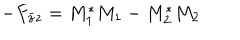
LaTeX: - F _ { \bar { z } z } = M _ { 1 } ^ { \ast } M _ { 1 } - M _ { 2 } ^ { \ast } M _ { 2 }